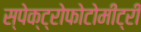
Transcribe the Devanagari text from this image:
स्पेक्ट्रोफोटोमीट्री